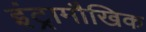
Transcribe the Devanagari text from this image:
इंट्रामौखिक